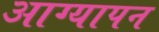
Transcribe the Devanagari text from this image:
आग्यापन